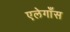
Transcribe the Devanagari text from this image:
एलेगाँस